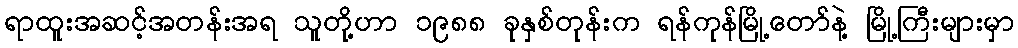
ရာထူးအဆင့်အတန်းအရ သူတို့ဟာ ၁၉၈၈ ခုနှစ်တုန်းက ရန်ကုန်မြို့တော်နဲ့ မြို့ကြီးများမှာ